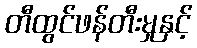
တီထွင်ဖန်တီးမှုနှင့်